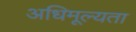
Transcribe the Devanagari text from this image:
अधिमूल्यता